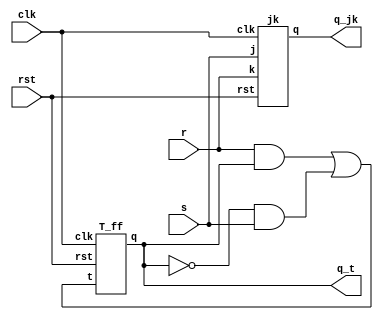
module SR_USING_JK_T(
input s,r,clk,rst,
output q_jk,q_t
);
   wire w1,w2,w3;
   
   jk ff1(s,r,clk,rst,q_jk);
   
   assign w1 = r&q_t;
   assign w2 = ~q_t&s;
   assign w3 = w1 | w2;
   T_ff ff2(w3,clk,rst,q_t);
   

  
endmodule

module jk(
input j,k,clk,rst,
output reg q
);

always@(posedge clk or posedge rst)
begin
if (rst)
q<=0;
else 
	begin
		case({j,k})
		2'b00:q<=q;
		2'b01:q<=0;
		2'b10:q<=1;
		2'b11:q<=~q;
		endcase
	end
end
endmodule



module T_ff(
input t,clk,rst,
output reg q);

always@(posedge clk or posedge rst)
begin
if(rst)
q<=1'b0;
else 
begin
   if(t)
    q<=~q;
   else
    q<=q;
    end
end
endmodule